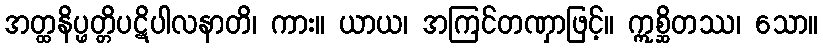
အတ္ထနိပ္ဖတ္တိပဋိပါလနာတိ၊ ကား။ ယာယ၊ အကြင်တဏှာဖြင့်။ ဣစ္ဆိတဿ၊ သော။